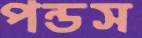
পন্ডস